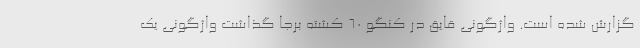
گزارش شده است. واژگونی قایق در کنگو ۶۰ کشته برجا گذاشت واژگونی یک